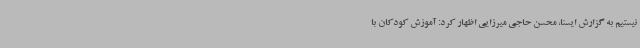
نیستیم به گزارش ایسنا، محسن حاجی میرزایی اظهار کرد: آموزش کودکان با